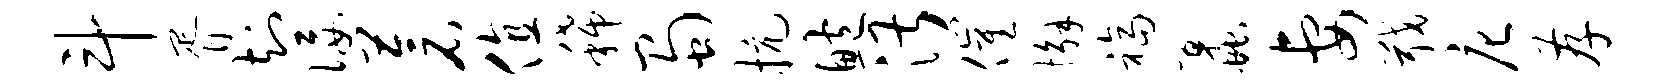
斗胥知佞苍值稀蜀抗鲍湛催懈福蠡妻戢庀存